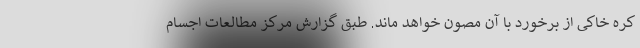
کره خاکی از برخورد با آن مصون خواهد ماند. طبق گزارش مرکز مطالعات اجسام